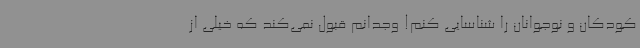
کودکان و نوجوانان را شناسایی کنم! وجدانم قبول نمی‌کند که خیلی از